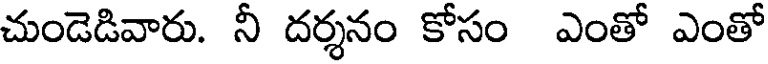
చుండెడివారు. నీ దర్శనం కోసం ఎంతో ఎంతో